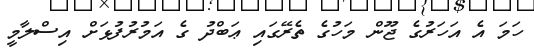
ހަމަ އެ އަހަރުގެ ޖޫން މަހުގެ ތެރޭގައި ޢަބްދު ގެ އަމުރުފުޅަށް އިސްލާމީ